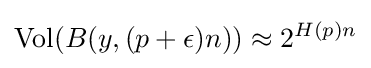
{\text{Vol}}(B(y,(p+\epsilon )n))\approx 2^{H(p)n}